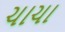
ચાચા